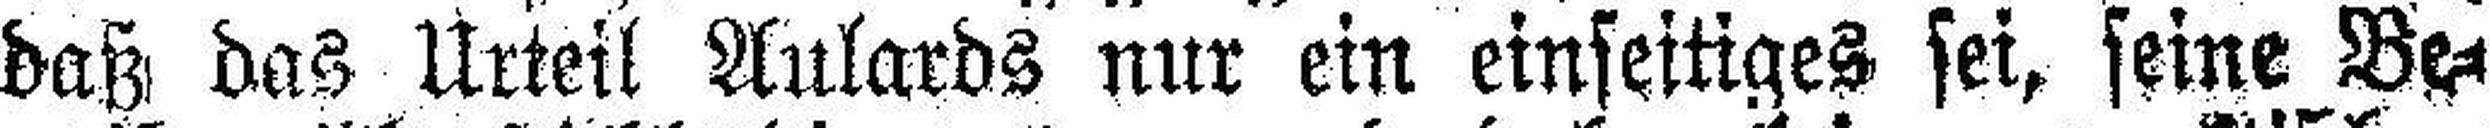
daß das Urteil Aulards nur ein einseitiges sei, seine Be¬